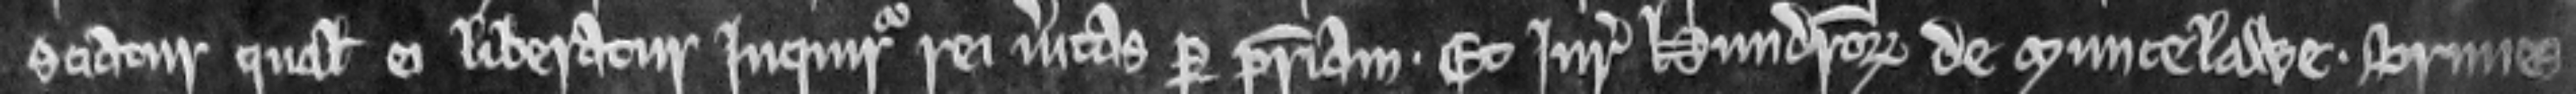
sciatur qualem ei liberatur inquiratur rei veritas per patriam. Et juratores hundretorum de Muncelawe. Brimes